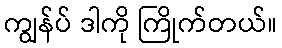
ကျွန်ပ် ဒါကို ကြိုက်တယ်။